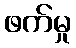
ဖက်မှု